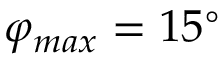
\varphi _ { m a x } = 1 5 ^ { \circ }